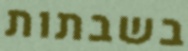
בשבתות